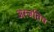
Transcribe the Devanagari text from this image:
अरजतित